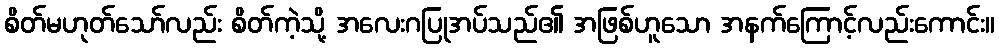
စိတ်မဟုတ်သော်လည်း စိတ်ကဲ့သို့ အလေးဂပြုအပ်သည်၏ အဖြစ်ဟူသော အနက်ကြောင့်လည်းကောင်း။